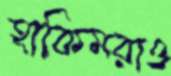
হাকিমরাও